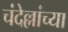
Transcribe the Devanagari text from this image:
चंदेल्लांच्या